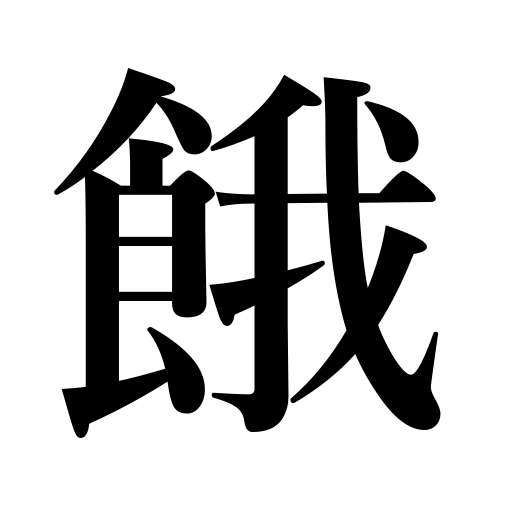
Meanings: be hungry,starve,thirst